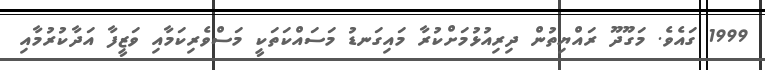
1999 ގައެވެ. މަގޫދޫ ރައްޔިތުން ދިރިއުޅުމަށްކުރާ މައިގަނޑު މަސައްކަތަކީ މަސްވެރިކަމާއި ވަޒީފާ އަދާކުރުމާއި